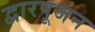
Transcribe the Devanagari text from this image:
द्वारपूजन